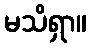
မသိရှာ။